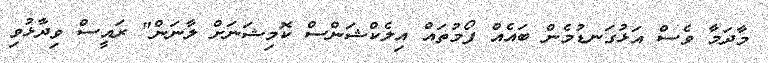
މާދަމާ ވެސް އަޅުގަނޑުމެން ބައެއް ފޯމުތައް އިލެކްޝަންސް ކޮމިޝަނަށް ލާނަން" ރައީސް ވިދާޅުވި